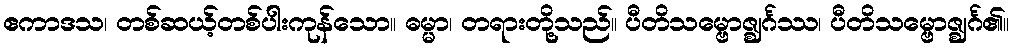
ဧကာဒသ၊ တစ်ဆယ့်တစ်ပါးကုန်သော။ ဓမ္မာ၊ တရားတို့သည်။ ပီတိသမ္ဗောဇ္ဈင်္ဂဿ၊ ပီတိသမ္ဗောဇ္ဈင်္ဂ၏။